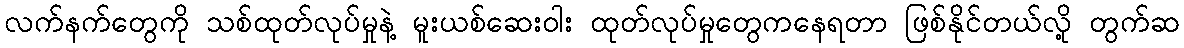
လက်နက်တွေကို သစ်ထုတ်လုပ်မှုနဲ့ မူးယစ်ဆေးဝါး ထုတ်လုပ်မှုတွေကနေရတာ ဖြစ်နိုင်တယ်လို့ တွက်ဆ